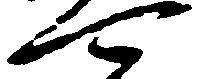
可